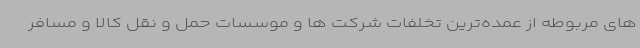
های مربوطه از عمده‌ترین تخلفات شرکت ها و موسسات حمل و نقل کالا و مسافر